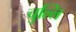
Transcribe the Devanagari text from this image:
चुल्लि